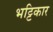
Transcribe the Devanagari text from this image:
भट्टिकार